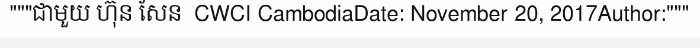
"""ជាមួយ ហ៊ុន សែន  CWCI CambodiaDate: November 20, 2017Author:"""